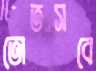
তোতসবে